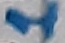
Text: 1